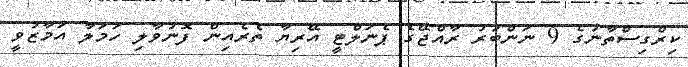
ކިރްގިސްތާނުގެ 9 ނަންބަރު ރާއްޖޭގެ ޕެނަލްޓީ އޭރިޔާ ތެރެއިން ފޮނުވާލި ހަމަލާ އަމާޒުވީ